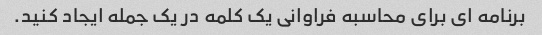
برنامه ای برای محاسبه فراوانی یک کلمه در یک جمله ایجاد کنید.